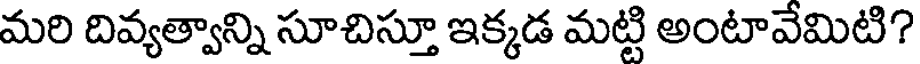
మరి దివ్యత్వాన్ని సూచిస్తూ ఇక్కడ మట్టి అంటావేమిటి?